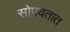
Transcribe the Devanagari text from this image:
सोपवतात